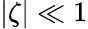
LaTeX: |\zeta|\ll 1